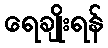
ရေချိုးရန်